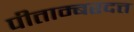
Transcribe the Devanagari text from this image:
पीताम्बरदत्त